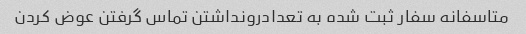
متاسفانه سفار ثبت شده به تعدادرونداشتن تماس گرفتن عوض کردن